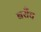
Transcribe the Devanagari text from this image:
बरौंच